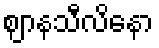
ဈာနသီလိနော